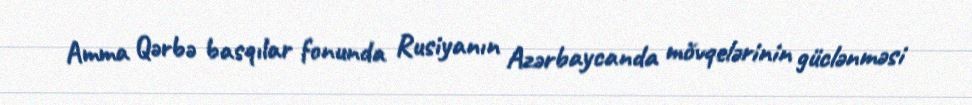
Amma Qərbə basqılar fonunda Rusiyanın Azərbaycanda mövqelərinin güclənməsi